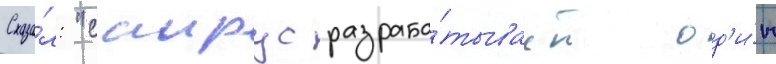
Сказа́л: "саирус разраба́тывает од'и́н